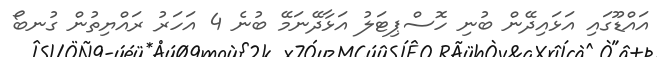
އައްޑޫގައި އަޅައިދޭން ބުނި ހޮސްޕިޓަލު އަޅާދޭނަމޭ ބުނެ 4 އަހަރު ރައްޔިތުން ގުނބޯ